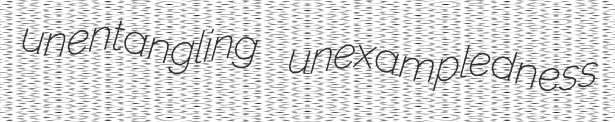
unentangling unexampledness